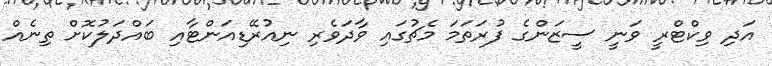
އަދި ވިކްޓްރީ ވަނީ ސީޒަންގެ ފުރަތަމަ މެޗުގައި ވާދަވެރި ނިއުރޭޑިއަންޓާއި ބައްދަލުކޮށް ތިނެއް